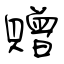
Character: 贈